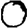
Digit: 0